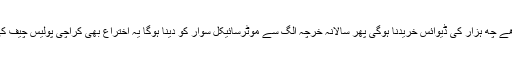
پہلے ساڑھے چھ ہزار کی ڈیوائس خریدنا ہوگی پھر سالانہ خرچہ الگ سے موٹرسائیکل سوار کو دینا ہوگا یہ اختراع بھی کراچی پولیس چیف کی ہی ہے ۔